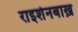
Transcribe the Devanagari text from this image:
राइशेनबाख़